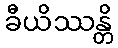
ခီယိဿန္တိ